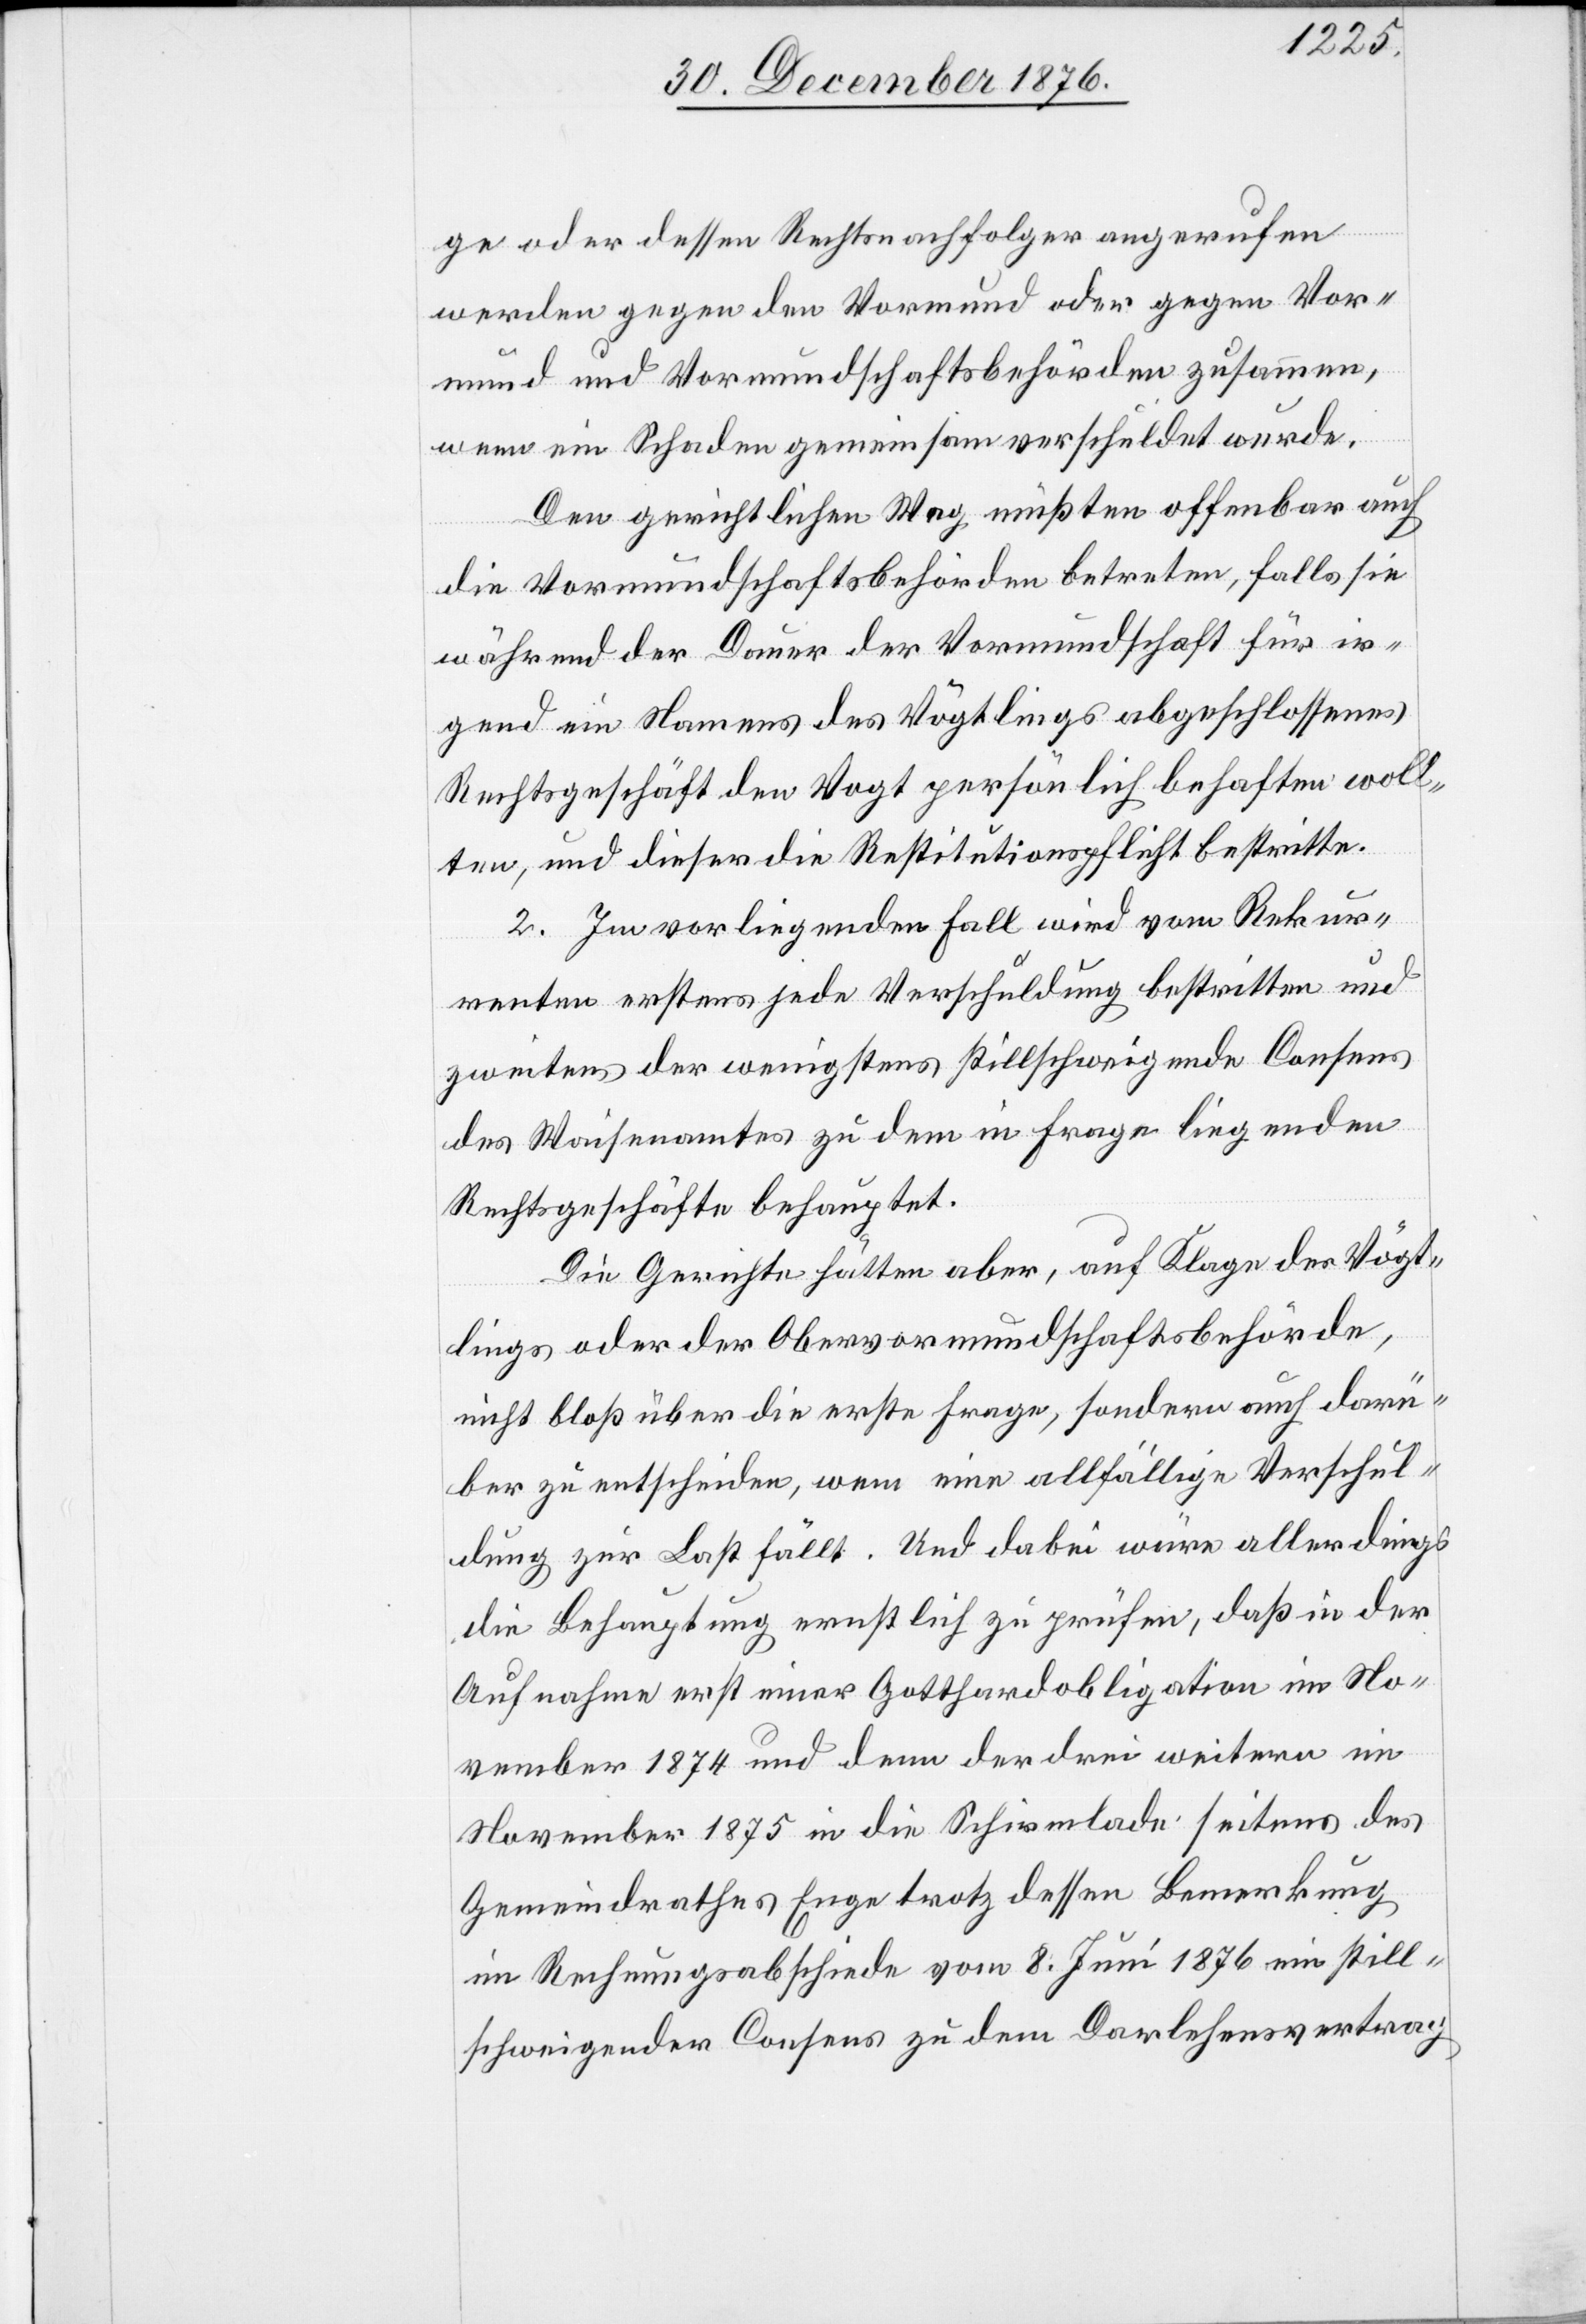
ge oder dessen Rechtsnachfolger angerufen
werden gegen den Vormund oder gegen Vor¬
mund und Vormundschaftsbehörden zusammen,
wenn ein Schaden gemeinsam verschuldet wurde.
Den gerichtlichen Weg müßten offenbar auch
die Vormundschaftsbehörden betreten, falls sie
während der Dauer der Vormundschaft für ir¬
gend ein Namens des Vögtlings abgeschlossenes
Rechtsgeschäft den Vogt persönlich behaften woll¬
ten, und dieser die Restitutionspflicht bestritte.
2. Im vorliegenden Fall wird vom Rekur¬
renten erstens jede Verschuldung bestritten und
zweitens der wenigstens stillschweigende Consens
des Waisenamtes zu dem in Frage liegenden
Rechtsgeschäfte behauptet.
Die Gerichte hätten aber, auf Klage des Vögt¬
lings oder der Obervormundschaftsbehörde,
nicht bloß über die erste Frage, sondern auch darü¬
ber zu entscheiden, wem eine allfällige Verschul¬
dung zur Last fällt. Und dabei wäre allerdings
die Behauptung ernstlich zu prüfen, daß in der
Aufnahme erst einer Gotthardobligation im No¬
vember 1874 und denn [sic!] der drei weitern im
November 1875 in die Schirmlade seitens des
Gemeindrathes Enge trotz dessen Bemerkung
im Rechnungsabschiede vom 8. Juni 1876 ein still¬
schweigender Consens zu dem Darlehensvertrag